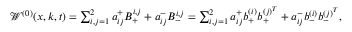
\begin{array} { r } { \ensuremath { \mathcal { W } } ^ { ( 0 ) } ( x , k , t ) = \sum _ { i , j = 1 } ^ { 2 } a _ { i j } ^ { + } B _ { + } ^ { i , j } + a _ { i j } ^ { - } B _ { - } ^ { i , j } = \sum _ { i , j = 1 } ^ { 2 } a _ { i j } ^ { + } b _ { + } ^ { ( i ) } b _ { + } ^ { ( j ) ^ { T } } + a _ { i j } ^ { - } b _ { - } ^ { ( i ) } b _ { - } ^ { ( j ) ^ { T } } , } \end{array}